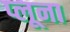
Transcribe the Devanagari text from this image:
प्लूना